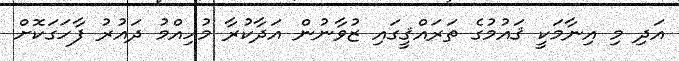
އަދި މި އިނާމަކީ ޤައުމުގެ ތަރައްޤީގައި ޒުވާނުން އަދާކުރާ މުހިއްމު ދައުރު ފާހަގަކޮށް